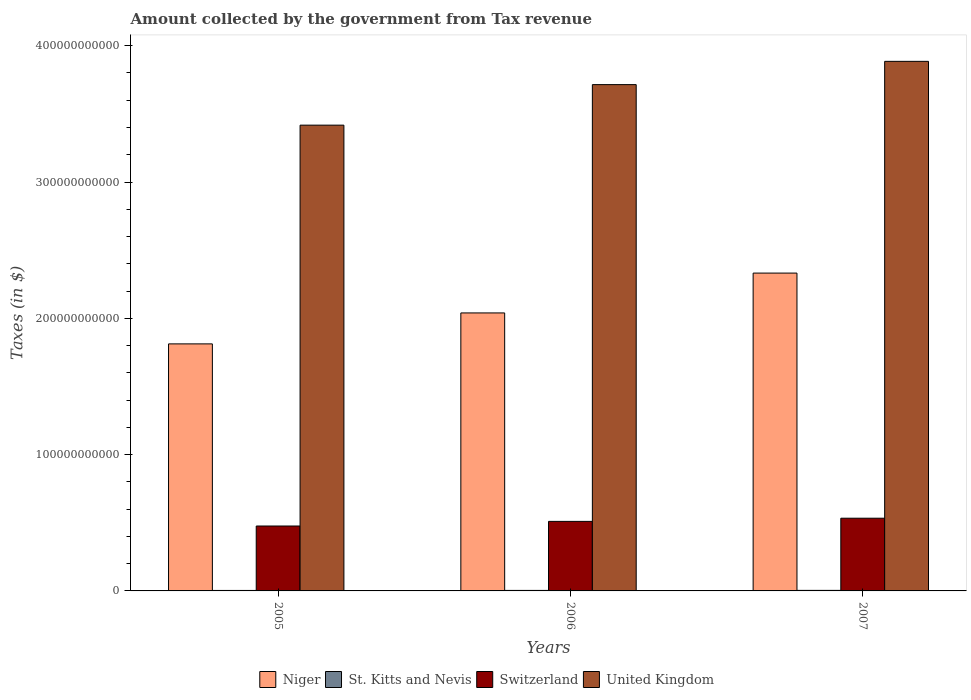
| Years | Niger | St. Kitts and Nevis | Switzerland | United Kingdom |
 | --- | --- | --- | --- | --- |
 | 2005 | 1.81e+11 | 3.44e+08 | 4.76e+10 | 3.42e+11 |
 | 2006 | 2.04e+11 | 3.74e+08 | 5.1e+10 | 3.71e+11 |
 | 2007 | 2.33e+11 | 4e+08 | 5.34e+10 | 3.89e+11 |